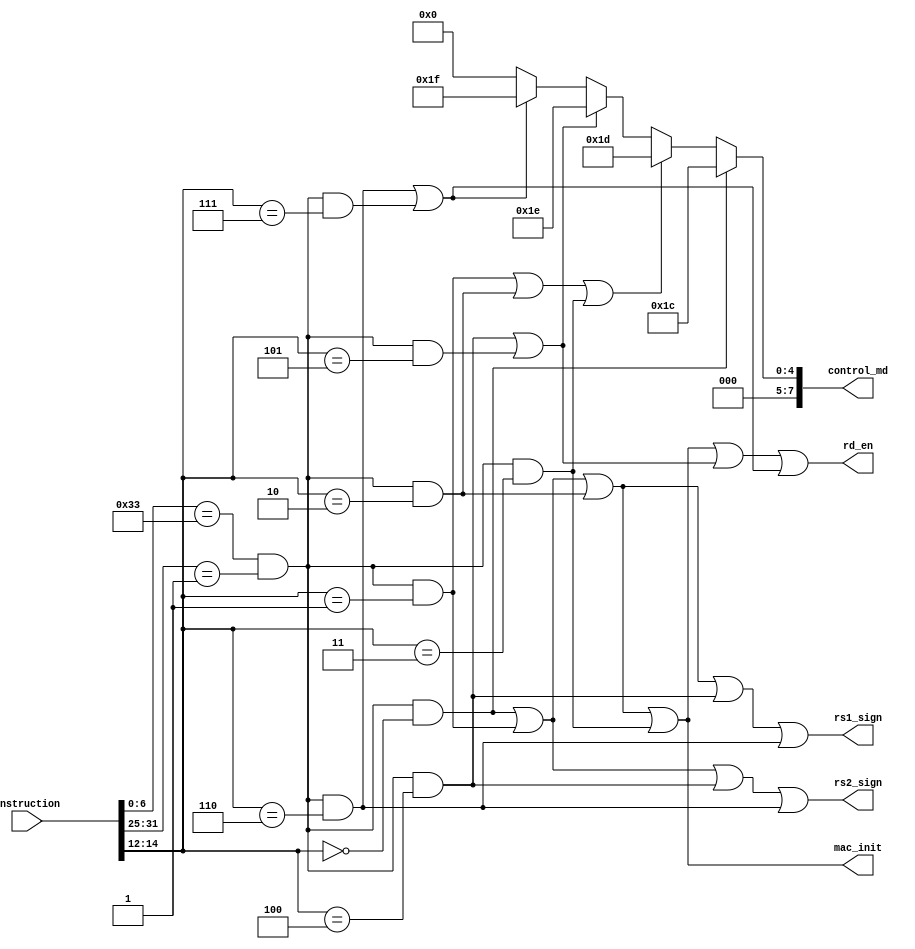
module rv32m(
        input [31:0] instruction,
		
		output [7:0] control_md,
		output       rs1_sign,
		output       rs2_sign,
		output       mac_init,
		output       rd_en
    );
	
	wire [6:0] opcode = instruction[6:0];
    wire [2:0] fun3 = instruction[14:12];
    wire [6:0] fun7 = instruction[31:25];

////////    MUL,MULH,MULHSU,MULHU    ////////
	wire mul    = (opcode==7'b0110011 & fun7==7'b0000001 & fun3==3'b000);
    wire mulh   = (opcode==7'b0110011 & fun7==7'b0000001 & fun3==3'b001);
    wire mulhsu = (opcode==7'b0110011 & fun7==7'b0000001 & fun3==3'b010);
    wire mulhu  = (opcode==7'b0110011 & fun7==7'b0000001 & fun3==3'b011);
	
////////    DIV,DIVU    ////////
	wire div  = (opcode==7'b0110011 & fun7==7'b0000001 & fun3==3'b100);
    wire divu = (opcode==7'b0110011 & fun7==7'b0000001 & fun3==3'b101);
	
////////    REM,REMU    ////////
    wire rem  = (opcode==7'b0110011 & fun7==7'b0000001 & fun3==3'b110);
    wire remu = (opcode==7'b0110011 & fun7==7'b0000001 & fun3==3'b111);
	
//-------------------------------------------- Outputs
	wire mac_high = mulh|mulhsu|mulhu ;
	wire mac_low  = mul ;
	
	assign rs1_sign = mul|mulh|mulhsu|div|rem ;
	assign rs2_sign = mul|mulh|div|rem ;
	
	assign mac_init = mul|mulh|mulhsu|mulhu ;
	
	wire rd_en2 = div|divu ;
	wire rd_en3 = rem|remu ;
	
	assign rd_en = mac_init | rd_en2 |rd_en3 ;
	
	assign control_md = ( mac_low  ) ? 8'h1c 
	:                   ( mac_high ) ? 8'h1d 
	:                   ( rd_en2   ) ? 8'h1e 
	:                   ( rd_en3   ) ? 8'h1f 
	:                                  8'h00 ;
	
endmodule